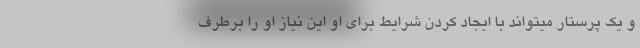
و یک پرستار میتواند با ایجاد کردن شرایط برای او این نیاز او را برطرف